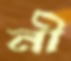
নী